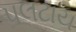
પલટાય